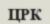
ЦРК